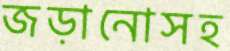
জড়ানোসহ